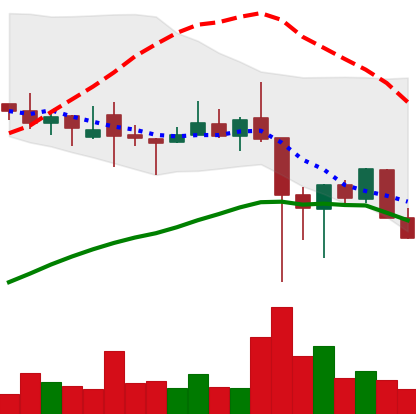
Ticker: XLM-USD
Chart end date: 2021-12-10
Forward return: 4.512%
Label: up_3_5